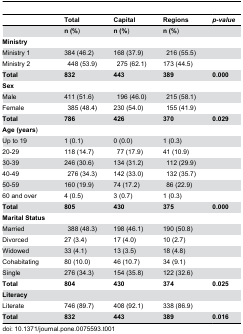
|  | Total | Capital | Regions | p-value |
 | --- | --- | --- | --- | --- |
 |  | n (%) | n (%) | n (%) |  |
 | Ministry |  |  |  |  |
 | Ministry 1 | 384 (46.2) | 168 (37.9) | 216 (55.5) |  |
 | Ministry 2 | 448 (53.9) | 275 (62.1) | 173 (44.5) |  |
 | Total | 832 | 443 | 389 | 0.000 |
 | Sex |  |  |  |  |
 | Male | 411 (51.6) | 196 (46.0) | 215 (58.1) |  |
 | Female | 385 (48.4) | 230 (54.0) | 155 (41.9) |  |
 | Total | 786 | 426 | 370 | 0.029 |
 | Age (years) |  |  |  |  |
 | Up to 19 | 1 (0.1) | 0 (0.0) | 1 (0.3) |  |
 | 20-29 | 118 (14.7) | 77 (17.9) | 41 (10.9) |  |
 | 30-39 | 246 (30.6) | 134 (31.2) | 112 (29.9) |  |
 | 40-49 | 276 (34.3) | 142 (33.0) | 132 (35.7) |  |
 | 50-59 | 160 (19.9) | 74 (17.2) | 86 (22.9) |  |
 | 60 and over | 4 (0.5) | 3 (0.7) | 1 (0.3) |  |
 | Total | 805 | 430 | 375 | 0.000 |
 | Marital Status |  |  |  |  |
 | Married | 388 (48.3) | 198 (46.1) | 190 (50.8) |  |
 | Divorced | 27 (3.4) | 17 (4.0) | 10 (2.7) |  |
 | Widowed | 33 (4.1) | 13 (3.5) | 18 (4.8) |  |
 | Cohabitating | 80 (10.0) | 46 (10.7) | 34 (9.1) |  |
 | Single | 276 (34.3) | 154 (35.8) | 122 (32.6) |  |
 | Total | 804 | 430 | 374 | 0.025 |
 | Literacy |  |  |  |  |
 | Literate | 746 (89.7) | 408 (92.1) | 338 (86.9) |  |
 | Total | 832 | 443 | 389 | 0.016 |